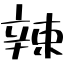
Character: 辣